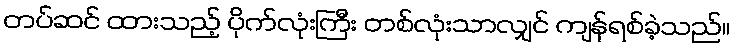
တပ်ဆင် ထားသည့် ပိုက်လုံးကြီး တစ်လုံးသာလျှင် ကျန်ရစ်ခဲ့သည်။